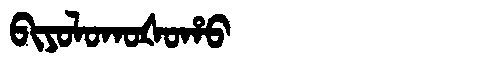
Manchu: ᠪᡳᠶᠣᠯᠣᡴᠣᡧᠣᡥᠣ
Romanization: BIYOLOKOŠOHO